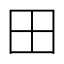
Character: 田